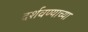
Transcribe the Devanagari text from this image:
दर्शवण्याच्या